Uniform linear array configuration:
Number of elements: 8
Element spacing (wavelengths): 1
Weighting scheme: kaiser
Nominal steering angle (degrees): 30
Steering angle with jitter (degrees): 30.742
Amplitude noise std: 0.05
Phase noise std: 0.05

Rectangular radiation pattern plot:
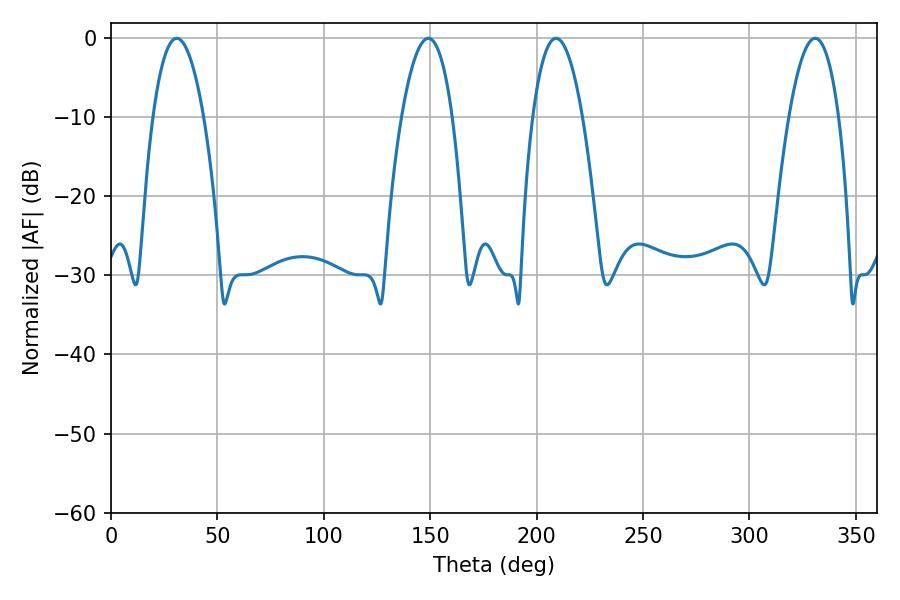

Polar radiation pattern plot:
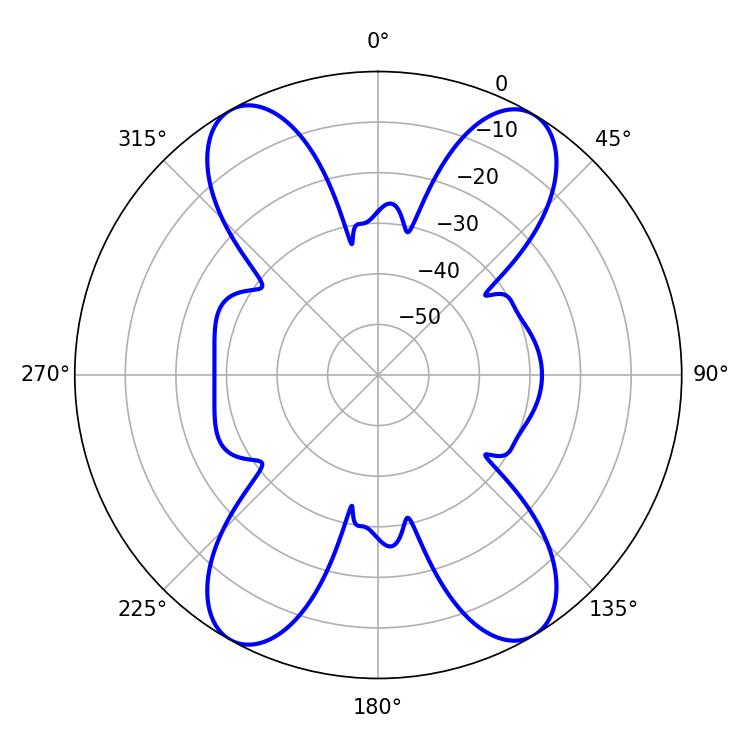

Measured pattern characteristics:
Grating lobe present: TRUE
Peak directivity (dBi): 20.856
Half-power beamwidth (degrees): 12.96
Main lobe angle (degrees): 209.16